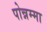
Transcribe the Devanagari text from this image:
पोन्नम्मा